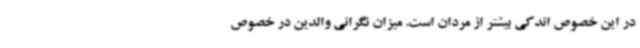
در این خصوص اندکی بیشتر از مردان است. میزان نگرانی والدین در خصوص